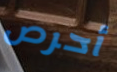
أحرص